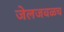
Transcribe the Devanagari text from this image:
जेलजवळच